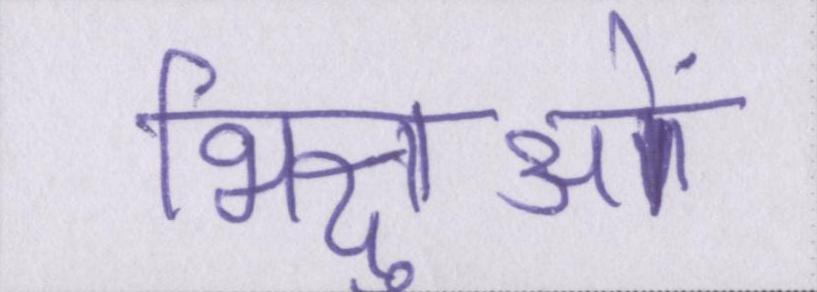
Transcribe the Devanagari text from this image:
भिक्षुओं